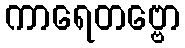
ကာရေတဗ္ဗော